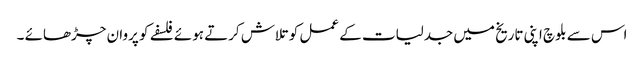
اس سے بلوچ اپنی تاریخ میں جدلیات کے عمل کو تلاش کرتے ہوئے فلسفے کو پروان چڑھائے ۔